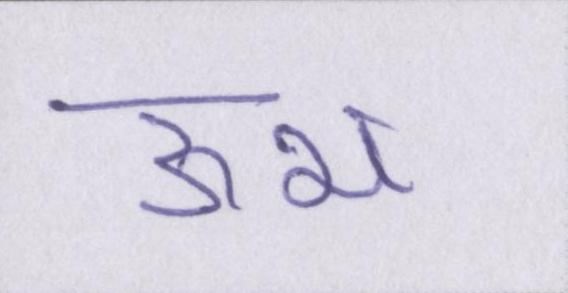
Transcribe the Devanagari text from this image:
ऊभ